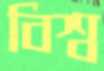
বিশ্ব